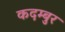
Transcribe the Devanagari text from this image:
कदम्बुर